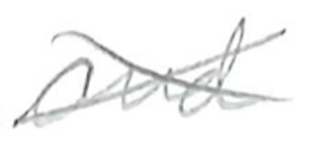
Text: and
Cross-out: cross
Writing tool: pencil